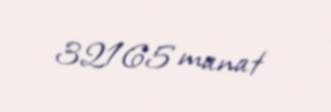
32165 manat